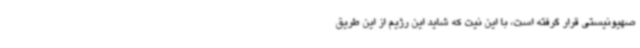
صهیونیستی قرار گرفته است، با این نیت که شاید این رژیم از این طریق